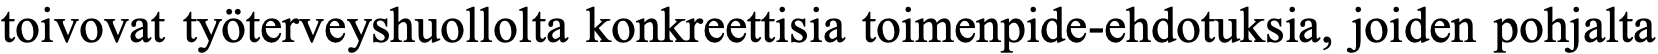
toivovat työterveyshuollolta konkreettisia toimenpide-ehdotuksia, joiden pohjalta